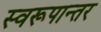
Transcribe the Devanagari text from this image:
स्वरूपान्तर